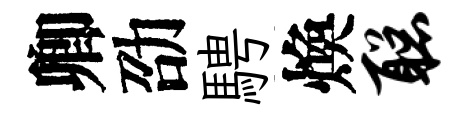
卿劭騁煥聪